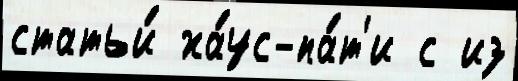
статьи́ ха́ус-па́т'и с из